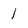
Character: 1